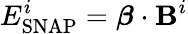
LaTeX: E_{\mathrm{SNAP}}^{i}=\boldsymbol{\beta}\cdot\mathbf{B}^{i}